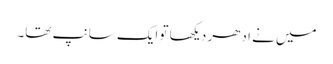
میں نے ادھر دیکھا تو ایک سانپ تھا۔